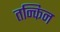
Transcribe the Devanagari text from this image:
तन्किन